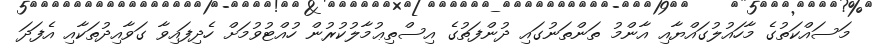
މަސައްކަތުގެ މާހައުލުގައްޔާއި އާންމު ތަންތަނުގައި ދުންފަތުގެ އިސްތިޢުމާލުކުރުން ހުއްޓުވުމަށް ހެދިފައިވާ ގަވާއިދުތަކާއި އެފަދަ